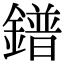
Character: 鐠